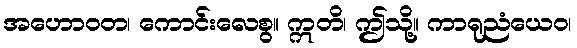
အဟောဝတ၊ ကောင်းလေစွ။ ဣတိ၊ ဤသို့။ ကာရုညံယေဝ၊